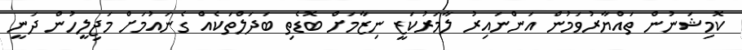
ކޮމިޝަނުން ތައްޔާރުވަމުން އަންނައިރު ލާމަރުކަޒީ ނިޒާމަށް ބޮޑެތި ބަދަލްތަކެއް ގެނައުމަށް މަޖިލީހުން ދަނީ